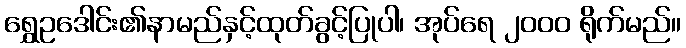
ရွှေဥဒေါင်း၏နာမည်နှင့်ထုတ်ခွင့်ပြုပါ၊ အုပ်ရေ ၂၀၀၀ ရိုက်မည်။